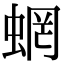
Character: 蝄